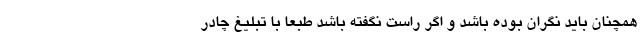
همچنان باید نگران بوده باشد و اگر راست نگفته باشد طبعا با تبلیغ چادر